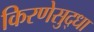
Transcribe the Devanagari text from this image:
किरणेसुद्धा